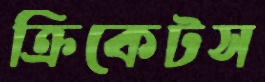
ক্রিকেটস